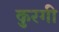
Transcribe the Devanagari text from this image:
कुरगी